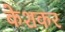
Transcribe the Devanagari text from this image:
केशकर